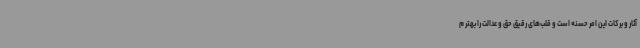
آثار و برکات این امر حسنه است و قلب‌های رقیق حق و عدالت را بهتر م